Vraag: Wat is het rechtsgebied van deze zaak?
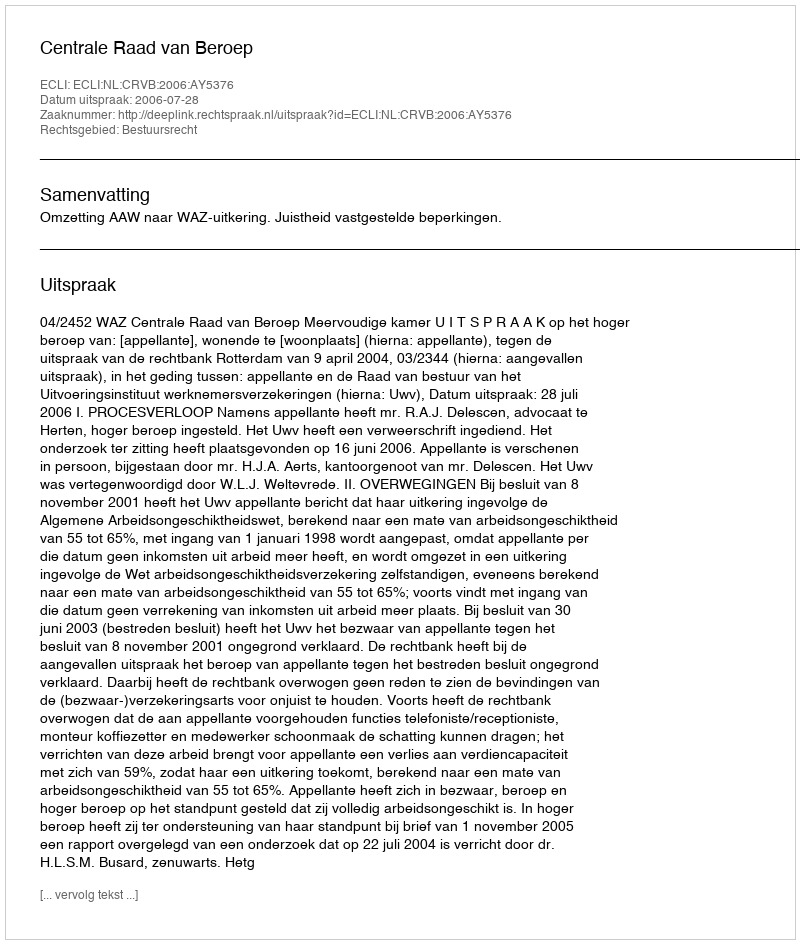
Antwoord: Bestuursrecht